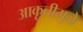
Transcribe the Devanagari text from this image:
आकृतीमुळे